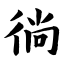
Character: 徜